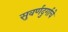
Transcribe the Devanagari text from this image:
सुवर्णदुर्गाचे